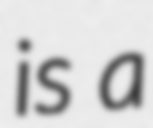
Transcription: is a